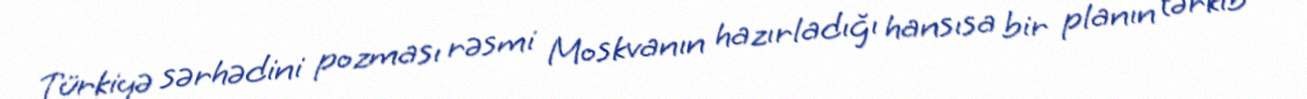
Türkiyə sərhədini pozması rəsmi Moskvanın hazırladığı hansısa bir planın tərkib